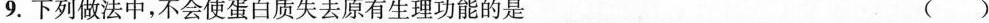
9.下列做法中，不会使蛋白质失去原有生理功能的是 ( )